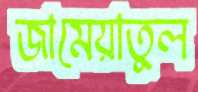
জামেয়াতুল